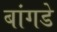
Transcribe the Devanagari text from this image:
बांगडे